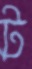
ট